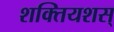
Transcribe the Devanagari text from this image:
शक्तियशस्